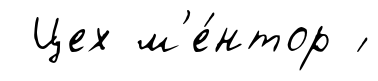
Цех м'е́нтор ́